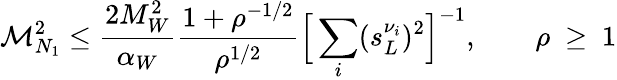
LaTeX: \mathcal{M}_{N_{1}}^{2}\leq\frac{{2M_{W}^{2}}}{{\alpha_{W}}}\frac{{1+\rho^{-1/2}}}{{\rho^{1/2}}}\Big[\sum_{i}(s_{L}^{\nu_{i}})^{2}\Big]^{-1},\qquad\rho\ \geq\ 1